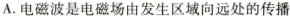
A.电磁波是电磁场由发生区域向远处的传播